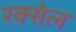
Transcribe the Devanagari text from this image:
रक्सेल